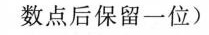
小数点后保留一位）